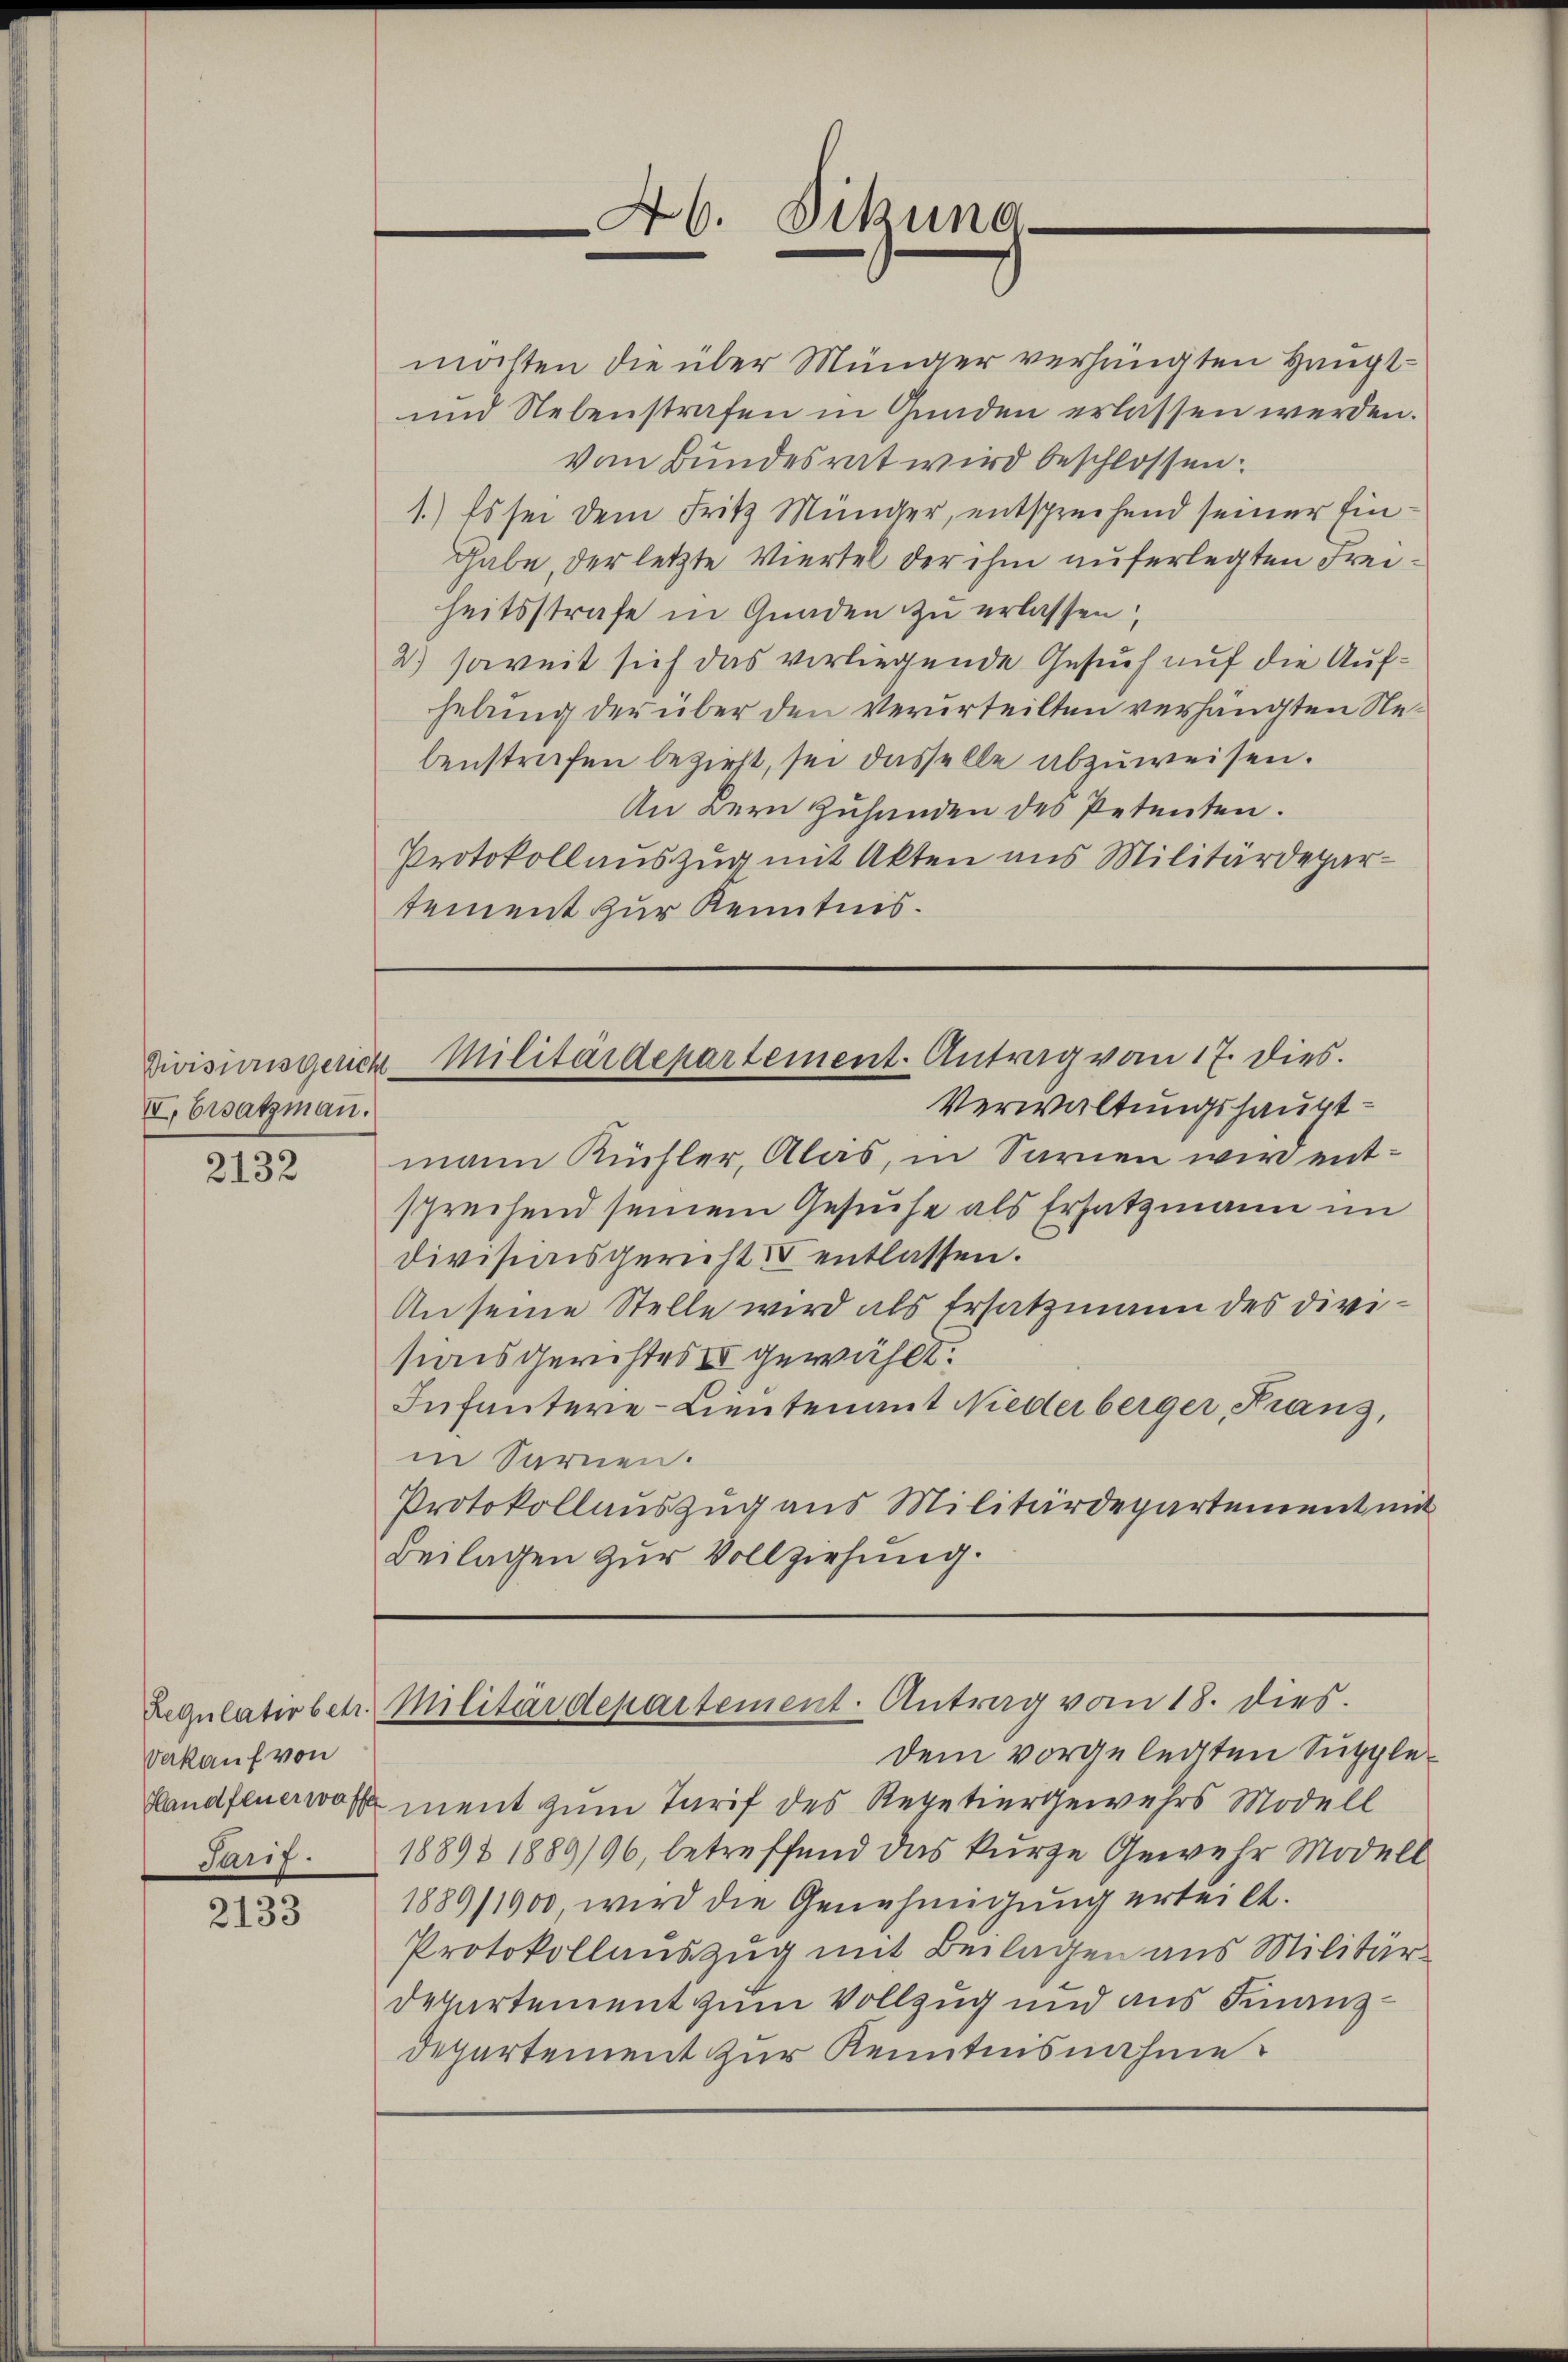
Divisionsgericht.
VI. Ersatzman.

2132

möchten die über Münger verhängten Haupt¬
und Nebenstrafen in Gunden erlassen werden.
vom Bundesrat wird beschlossen:
1.) Es sei dem Fritz Münger, entsprechend seiner Ein¬
Gabe, der letzte Viertel der ihm auferlegten Freiheitsstrafe in Gnaden zu erlassen,
2.) soweit sich das vorliegende Gesuch auf die Aufhebung der über den verurteilten verhängten Nebenstrafen bezieht, sei dasselbe abzuweisen.
An Bern Zuhanden des Petenten.
Protokollauszug mit Akten aus Militärdepartement zur Kenntnis.

Vakauf von
Tarif.

2133

46. Sitzuna-

Verwaltungshauptmann Küchler, Alas, in Sarnen wird entsprechend seinem Gesuche als Ersatzmann im
Divisionsgericht entlassen.
An seine Stelle wird als Ersatzmann des divisionsgerichtes IV gewählt.
Infantere-Lieutenant Niederberger, Franz,
in Sarnen.
Protokollauszug aus Militärdepartement mit
Beilagen zur Vollziehung.

Militärdepartement. Antrag vom 17. dies.

dem vorgelegten Supple¬
Handfeuerwort ment zum Tarif des Repetiergewehrs Modell
18898 1889/96, betreffend das kurze Gewehr Modell
1889/1900 wird die Genehmigung erteilt.
Protokollauszug mit Beilagen aus Militär¬
Departement zum Vollzug und aus Finanzdepartement zur Kenntnisnahme

Regŭlativbetr. Militärdepartement. Antrag vom 18. dies.